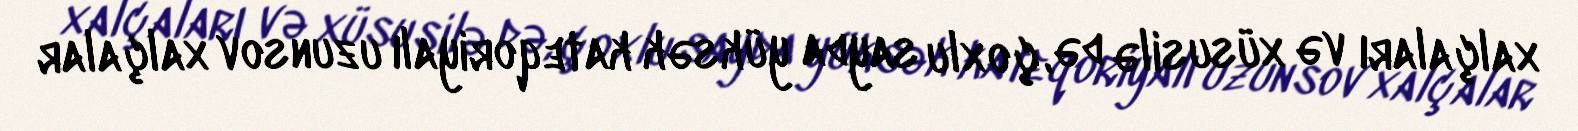
xalçaları və xüsusilə də, çoxlu sayda yüksək kateqoriyalı uzunsov xalçalar